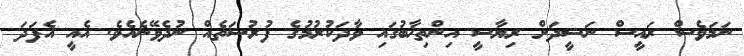
ނަމަވެސް ރައީސް ނަޝީދަށް ރިޔާސީ އިންތިޚާބުގައި ވާދަކުރުމުގެ ފުރުސަތެއް ނުދެވޭނެއެވެ. އެއީ އެފަދަ